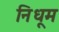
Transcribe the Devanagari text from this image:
निधूम